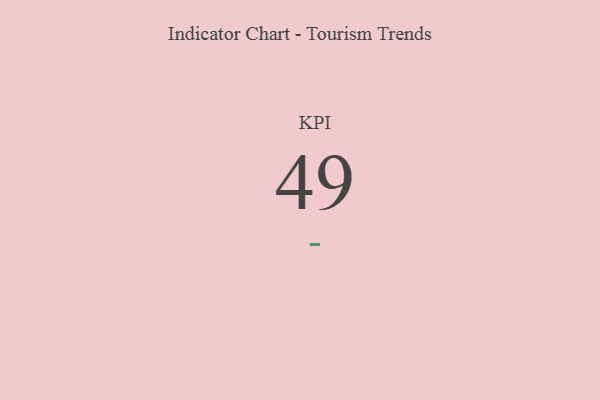
{"axis": {"x": "KPI", "y": "Value"}, "legend": [""], "data": [{"x": "KPI", "y": 49, "type": ""}]}